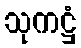
သုကဋ္ဌံ